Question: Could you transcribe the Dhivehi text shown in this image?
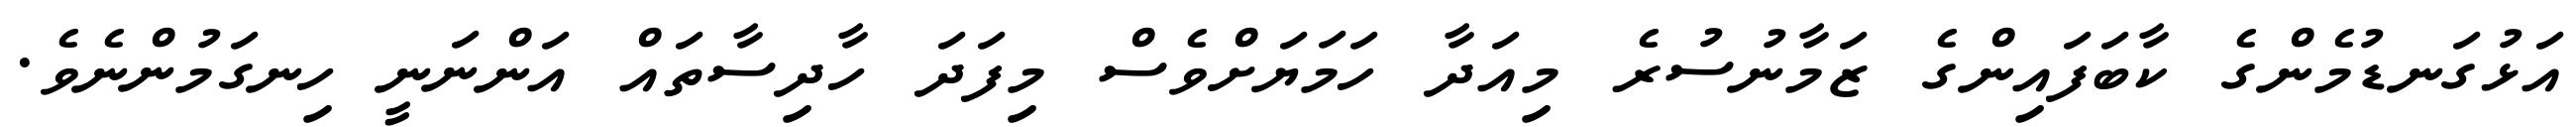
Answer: އަޅުގަނޑުމެންގެ ކާބަފައިންގެ ޒަމާނުސުރެ މިއަދާ ހަމަޔަށްވެސް މިފަދަ ހާދިސާތައް އަންނަނީ ހިނގަމުންނެވެ.